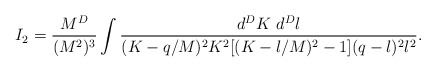
\begin{align*}I_2 =\frac{M^D}{(M^2)^3} \int\frac{d^DK~d^Dl}{(K-q/M)^2K^2[(K-l/M)^2-1](q-l)^2l^2}.\end{align*}